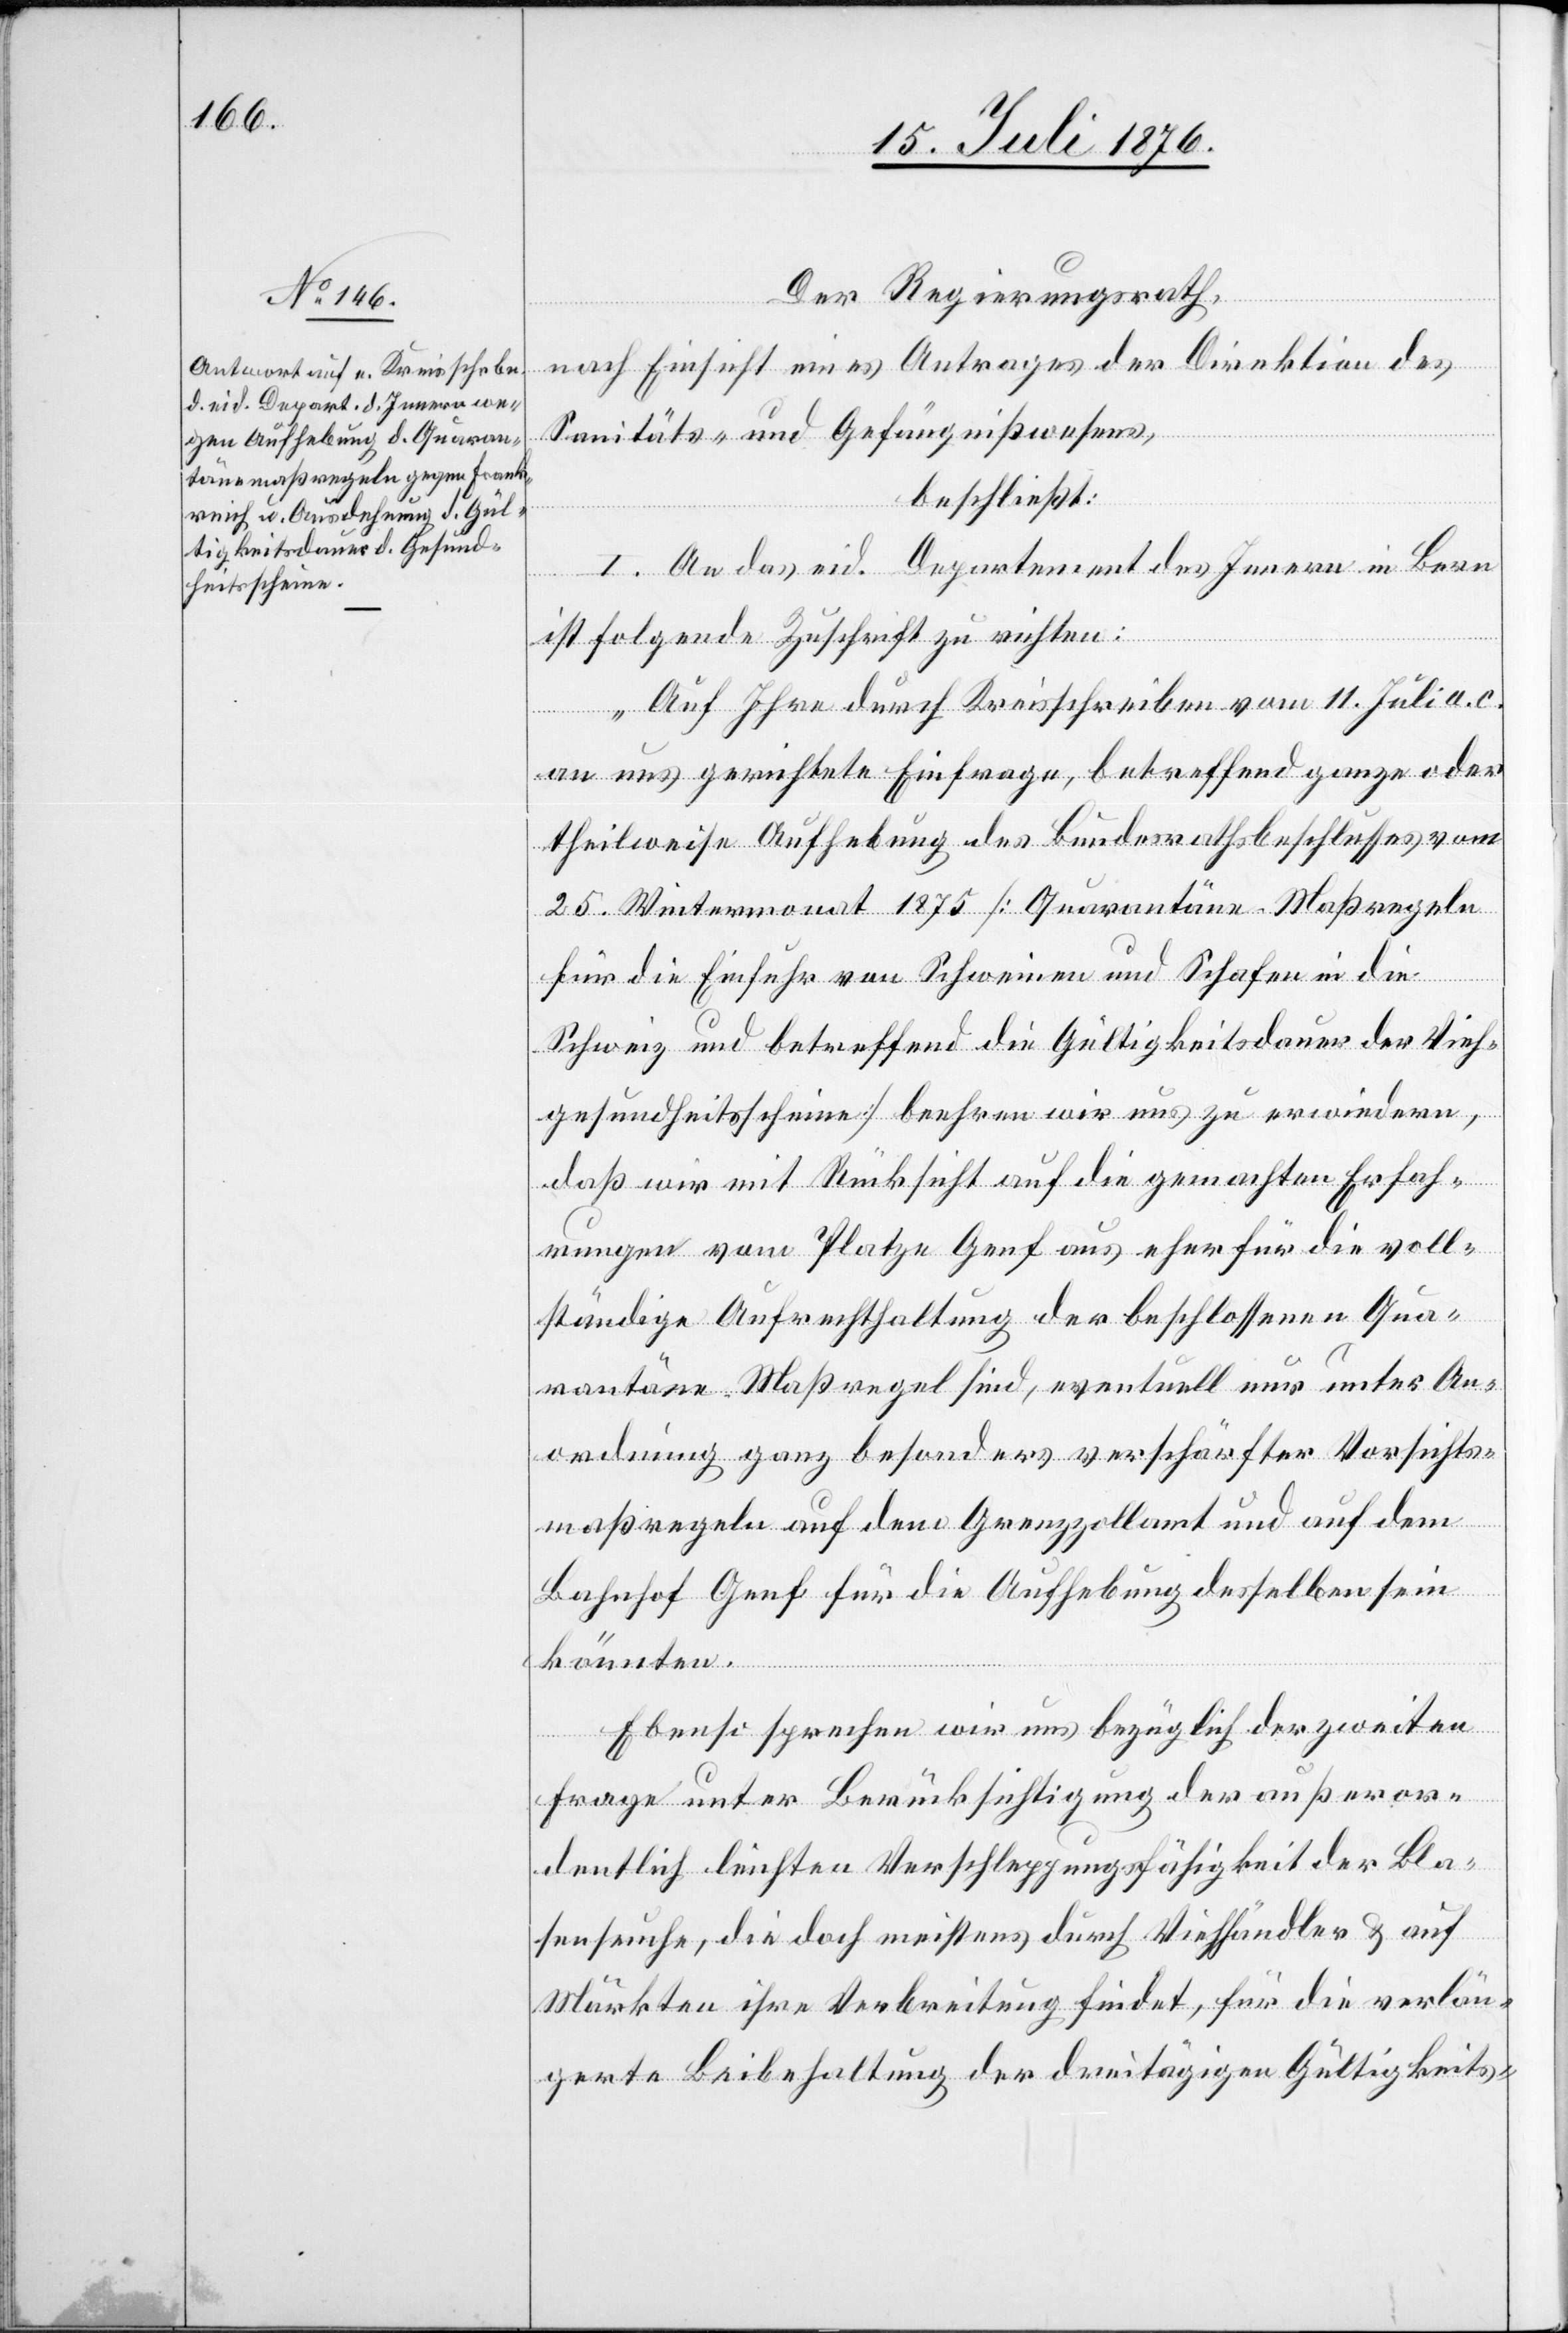
Der Regierungsrath,
nach Einsicht eines Antrages der Direktion des
Sanitäts- und Gefängnißwesens,
beschließt:
I. An das eid. Departement des Innern in Bern
ist folgende Zuschrift zu richten:
„Auf Ihre durch Kreisschreiben vom 11. Juli a. c.
an uns gerichtete Einfrage, betreffend ganze oder
theilweise Aufhebung des Bundesrathsbeschlusses vom
25. Wintermonat 1875 [Quarantäne-Maßregeln
für die Einfuhr von Schweinen und Schafen in die
Schweiz und betreffend die Gültigkeitsdauer der Vieh¬
gesundheitsscheine] beehren wir uns zu erwiedern,
das wir mit Rücksicht auf die gemachten Erfah¬
rungen vom Platze Genf aus eher für die voll¬
ständige Aufrechterhaltung der beschlossenen Qua¬
rantäne-Maßregeln sind, eventuell nur unter An¬
ordnung ganz besonders verschärfter Vorschri¬
maßregeln auf dem Grenzzollamt und auf dem
fts¬
Bahnhof Genf für die Aufhebung desselben sein
könnten.
Ebenso sprechen wird uns bezüglich der zweiten
Frage unter Berücksichtigung der außeror¬
dentlich leichten Verschleppungsfähigkeit der Bla¬
senseuche, die doch meistens durch Viehhändler & auf
Märkten ihre Verbreitung findet, für die verlän¬
gerte Beibehaltung der dreitägigen Gültigkeits-